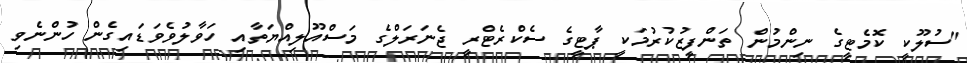
"ސުލޫކީ ކޮމެޓީގެ ނިންމުން ތަންފީޒުކުރުމަކީ ޕާޓީގެ ސެކްރެޓްރީ ޖެނަރަލްގެ މަސްއޫލިއްޔަތާއި ހަވާލުވެވަޑައިގެން ހުންނެވި